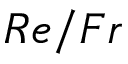
R e / F r